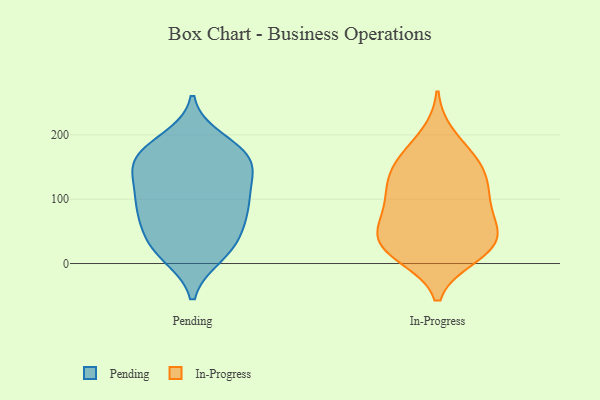
{"axis": {"x": "Population (Million)", "y": "Value"}, "legend": ["In-Progress", "Pending"], "data": [{"x": "", "y": 152, "type": "Pending"}, {"x": "", "y": 192, "type": "Pending"}, {"x": "", "y": 55, "type": "Pending"}, {"x": "", "y": 91, "type": "Pending"}, {"x": "", "y": 16, "type": "Pending"}, {"x": "", "y": 66, "type": "Pending"}, {"x": "", "y": 31, "type": "Pending"}, {"x": "", "y": 170, "type": "Pending"}, {"x": "", "y": 81, "type": "Pending"}, {"x": "", "y": 102, "type": "Pending"}, {"x": "", "y": 129, "type": "Pending"}, {"x": "", "y": 152, "type": "Pending"}, {"x": "", "y": 30, "type": "Pending"}, {"x": "", "y": 162, "type": "Pending"}, {"x": "", "y": 116, "type": "Pending"}, {"x": "", "y": 13, "type": "Pending"}, {"x": "", "y": 92, "type": "Pending"}, {"x": "", "y": 162, "type": "Pending"}, {"x": "", "y": 178, "type": "Pending"}, {"x": "", "y": 67, "type": "In-Progress"}, {"x": "", "y": 107, "type": "In-Progress"}, {"x": "", "y": 152, "type": "In-Progress"}, {"x": "", "y": 110, "type": "In-Progress"}, {"x": "", "y": 19, "type": "In-Progress"}, {"x": "", "y": 41, "type": "In-Progress"}, {"x": "", "y": 139, "type": "In-Progress"}, {"x": "", "y": 36, "type": "In-Progress"}, {"x": "", "y": 198, "type": "In-Progress"}, {"x": "", "y": 119, "type": "In-Progress"}, {"x": "", "y": 159, "type": "In-Progress"}, {"x": "", "y": 95, "type": "In-Progress"}, {"x": "", "y": 61, "type": "In-Progress"}, {"x": "", "y": 58, "type": "In-Progress"}, {"x": "", "y": 18, "type": "In-Progress"}, {"x": "", "y": 26, "type": "In-Progress"}, {"x": "", "y": 165, "type": "In-Progress"}, {"x": "", "y": 12, "type": "In-Progress"}]}